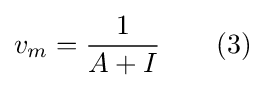
v_{m}={\frac {1}{A+I}}\qquad (3)